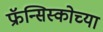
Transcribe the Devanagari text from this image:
फ्रॅन्सिस्कोच्या